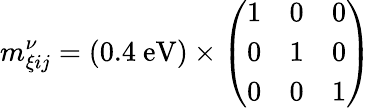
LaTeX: m_{\xi ij}^{\nu}=(0.4~\mathrm{eV})\times\left(\begin{array}{lll}{{1}}&{{0}}&{{0}}\\ {{0}}&{{1}}&{{0}}\\ {{0}}&{{0}}&{{1}}\end{array}\right)